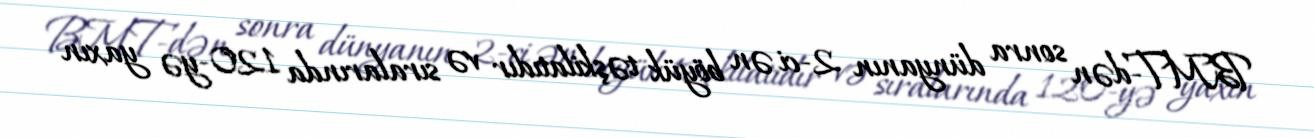
BMT-dən sonra dünyanın 2-ci ən böyük təşkilatıdır və sıralarında 120-yə yaxın